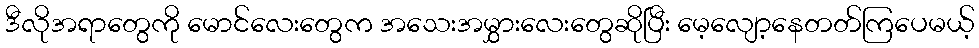
ဒီလိုအရာတွေကို မောင်လေးတွေက အသေးအမွှားလေးတွေဆိုပြီး မေ့လျော့နေတတ်ကြပေမယ့်